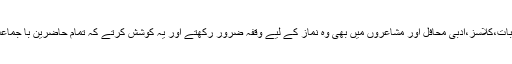
سیمینارز،تقریبات،کلاسز،ادبی محافل اور مشاعروں میں بھی وہ نماز کے لیے وقفہ ضرور رکھتے اور یہ کوشش کرتے کہ تمام حاضرین با جماعت نماز پڑھیں۔